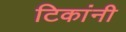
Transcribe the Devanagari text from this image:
टिकांनी